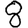
Digit: 8